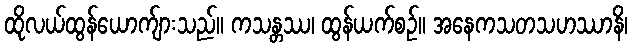
ထိုလယ်ထွန်ယောက်ျားသည်။ ကသန္တဿ၊ ထွန်ယက်စဉ်။ အနေကသတသဟဿာနိ၊